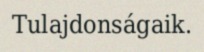
Tulajdonságaik.